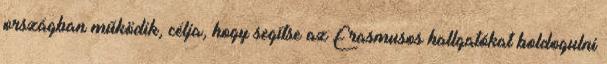
országban működik, célja, hogy segítse az Erasmusos hallgatókat boldogulni